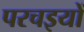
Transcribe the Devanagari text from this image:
परचइयों